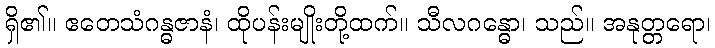
ရှိ၏။ ဧတေသံဂန္ဓဇာနံ၊ ထိုပန်းမျိုးတို့ထက်။ သီလဂန္ဓော၊ သည်။ အနုတ္တရော၊